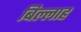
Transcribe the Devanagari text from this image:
बिल्लाह